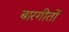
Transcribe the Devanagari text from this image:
बारगीतों